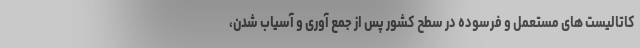
کاتالیست های مستعمل و فرسوده در سطح کشور پس از جمع آوری و آسیاب شدن،